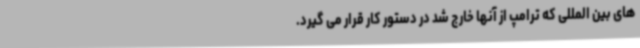
های بین المللی که ترامپ از آنها خارج شد در دستور کار قرار می گیرد.